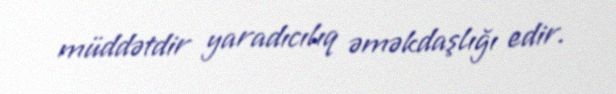
müddətdir yaradıcılıq əməkdaşlığı edir.